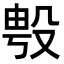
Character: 𭮯